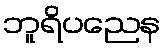
ဘူရိပညေန